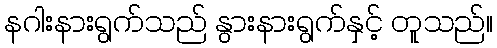
နဂါးနားရွက်သည် နွားနားရွက်နှင့် တူသည်။